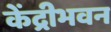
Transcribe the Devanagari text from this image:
केंद्रीभवन